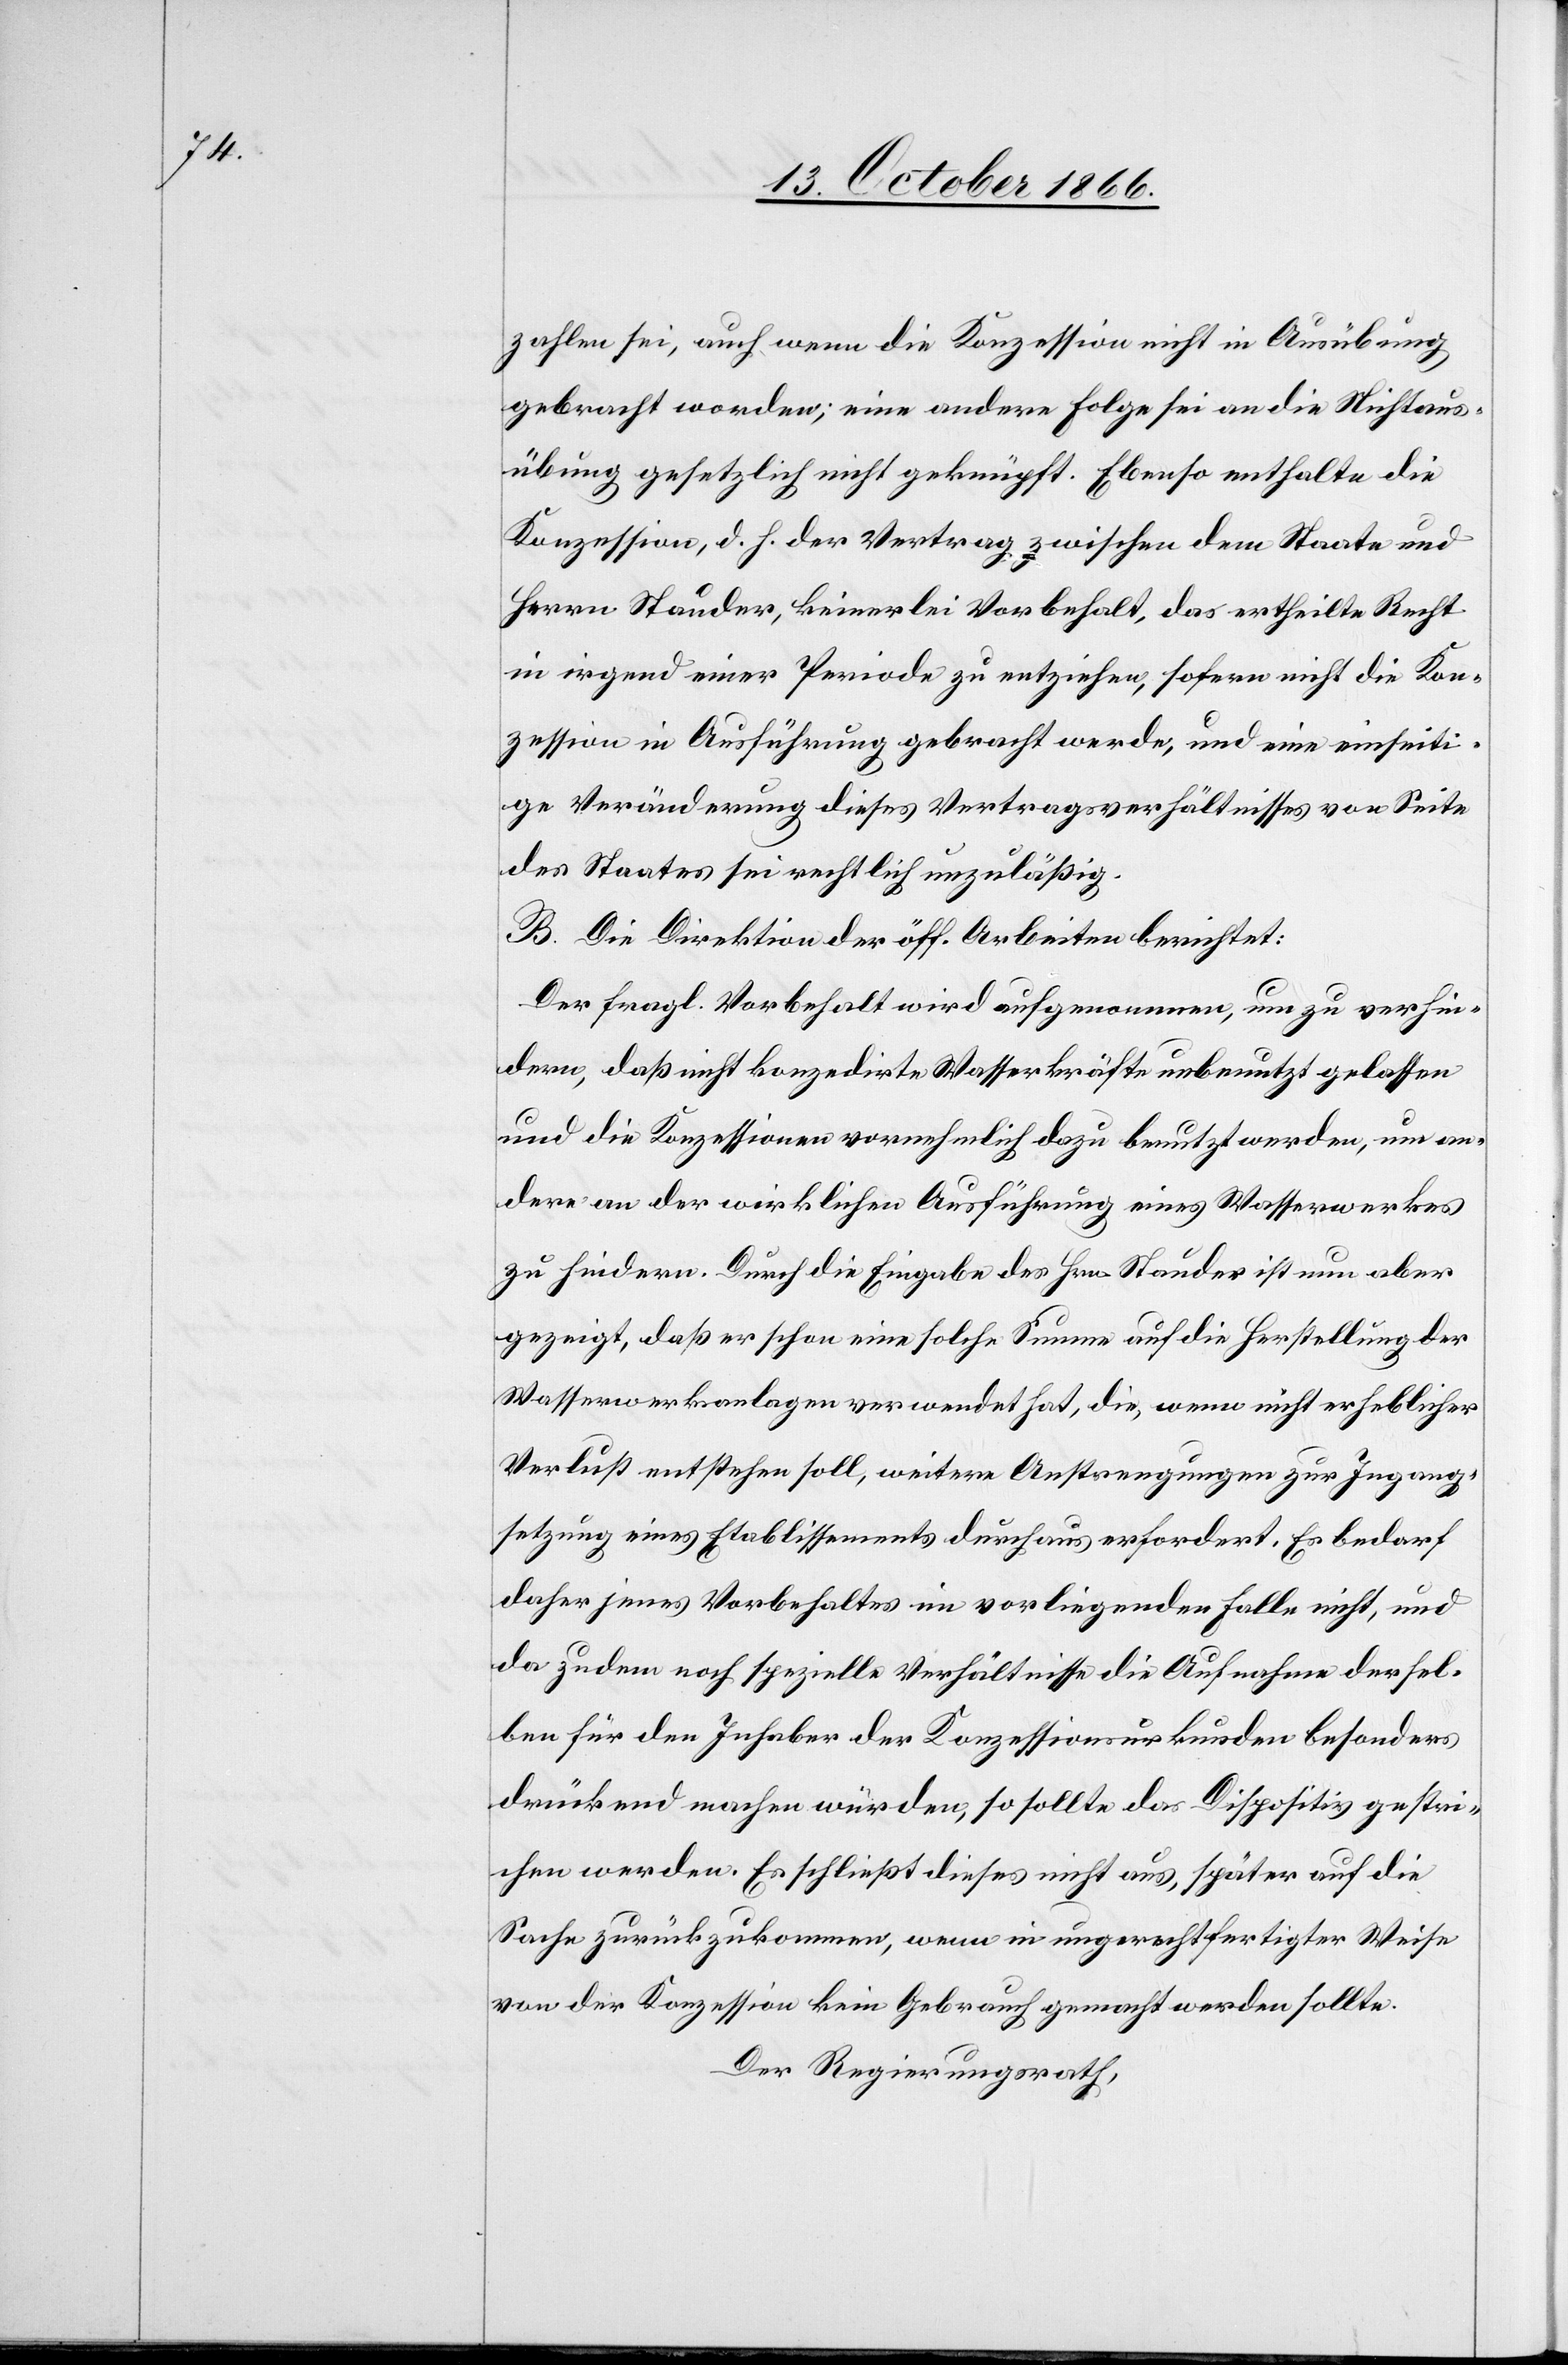
zahlen sei, auch wenn die Konzession nicht in Ausübung
gebracht worden; eine andere Folge sei an die Nichtaus¬
übung gesetzlich nicht geknüpft. Ebenso enthalte die
Konzession, d. h. der Vertrag zwischen dem Staate und
Herrn Stauder, keinerlei Vorbehalt, das ertheilte Recht
in irgend einer Periode zu entziehen, sofern nicht die Kon¬
zession in Ausführung gebracht werde, und eine einseiti¬
ge Veränderung dieses Vertragsverhältnisses von Seite
des Staates sei rechtlich unzuläßig.
B. Die Direktion der öff. Arbeiten berichtet:
Der fragl. Vorbehalt wird aufgenommen, um zu verhin¬
dern, daß nicht konzedirte Wasserkräfte unbenutzt gelassen
und die Konzessionen vornehmlich dazu benutzt werden, um an¬
dere an der wirklichen Ausführung eines Wasserwerkes
zu hindern. Durch die Eingabe des Hrn. Stauder ist nun aber
gezeigt, daß er schon eine solche Summe auf die Herstellung der
Wasserwerksanlagen verwendet hat, die, wenn nicht erheblicher
Verlust entstehen soll, weitere Anstrengungen zur Ingang¬
setzung eines Etablissements durchaus erfordert. Es bedarf
daher jenes Vorbehaltes im vorliegenden Falle nicht, und
da zudem noch spezielle Verhältnisse die Aufnahme dersel¬
ben für den Inhaber der Konzessionsurkunden besonders
drückend machen würden, so sollte das Dispositiv gestri¬
chen werden. Es schließt dieses nicht aus, später auf die
Sache zurückzukommen, wenn in ungerechtfertigter Weise
von der Konzession kein Gebrauch gemacht werden sollte.
Der Regierungsrath,